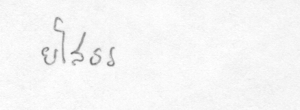
ยโสธร